65_HS1-834228961_62-HQ-83894_Serial_130
Agency: FBI
Page 75
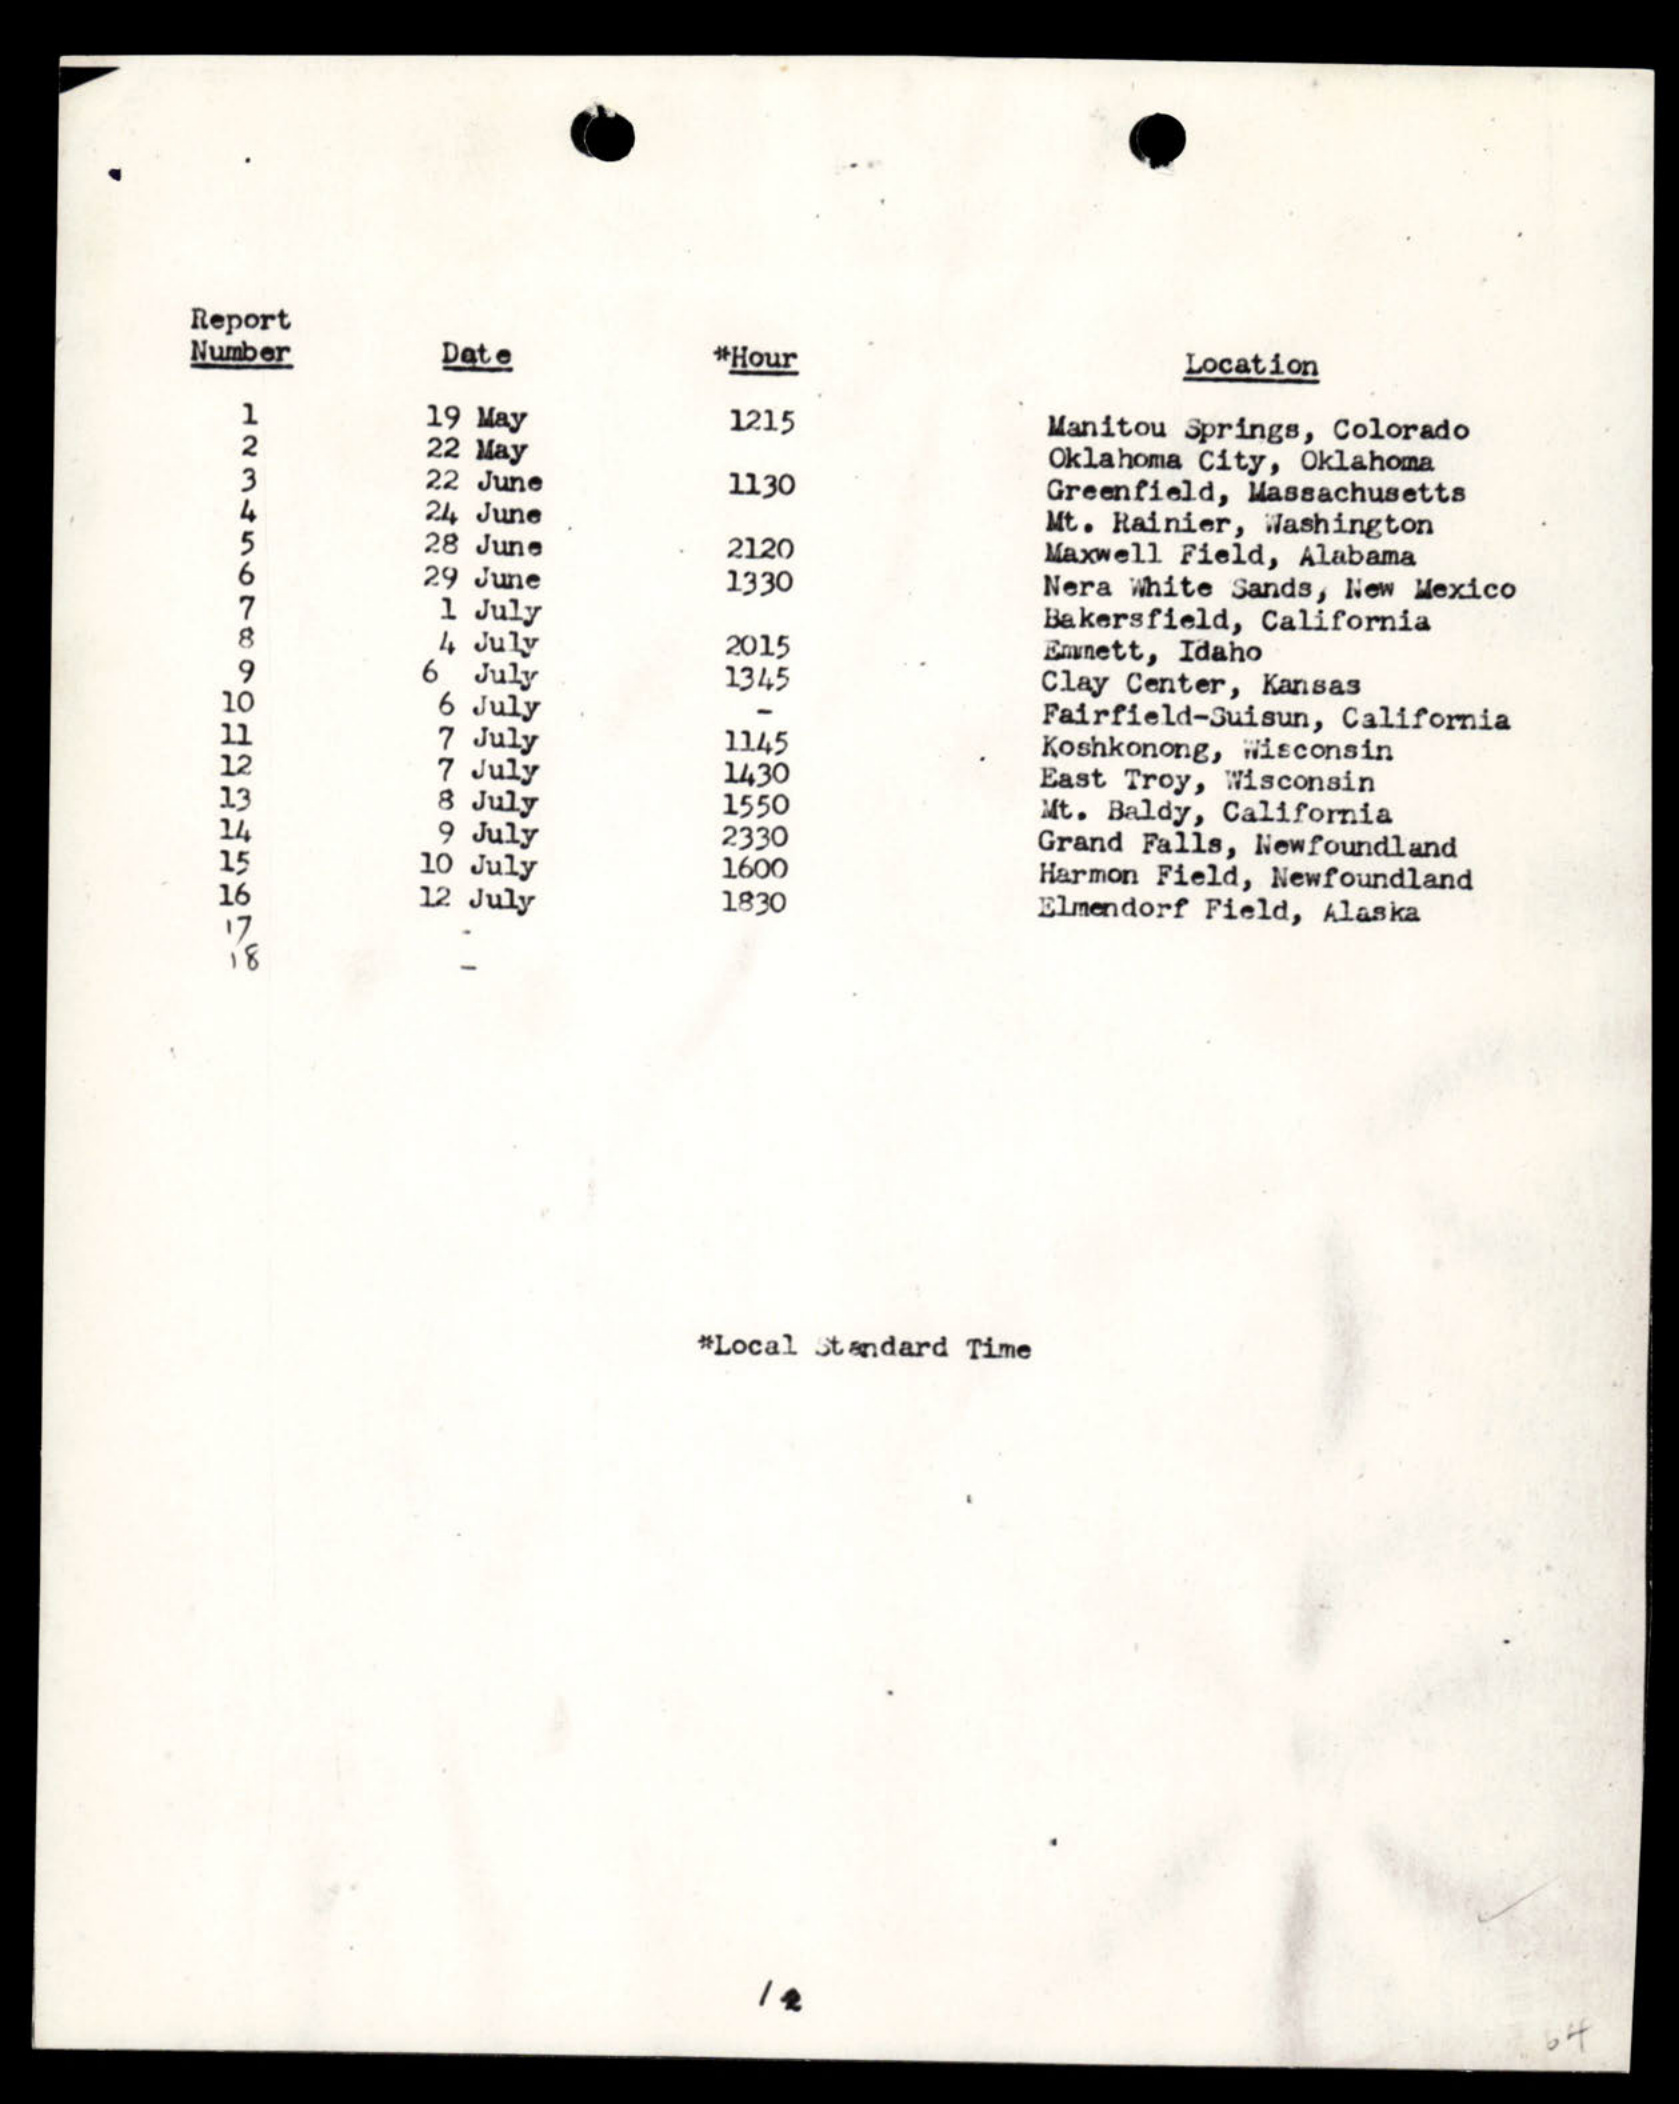